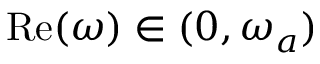
\operatorname { R e } ( \omega ) \in ( 0 , \omega _ { a } )